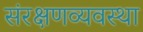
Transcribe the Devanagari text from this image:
संरक्षणव्यवस्था